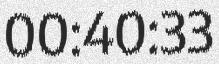
00:40:33